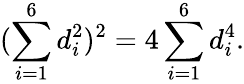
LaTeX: (\sum_{i=1}^{6}d_{i}^{2})^{2}=4\sum_{i=1}^{6}d_{i}^{4}.